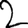
Digit: 2